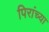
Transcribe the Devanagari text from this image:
पिरांच्या